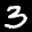
Label: 3